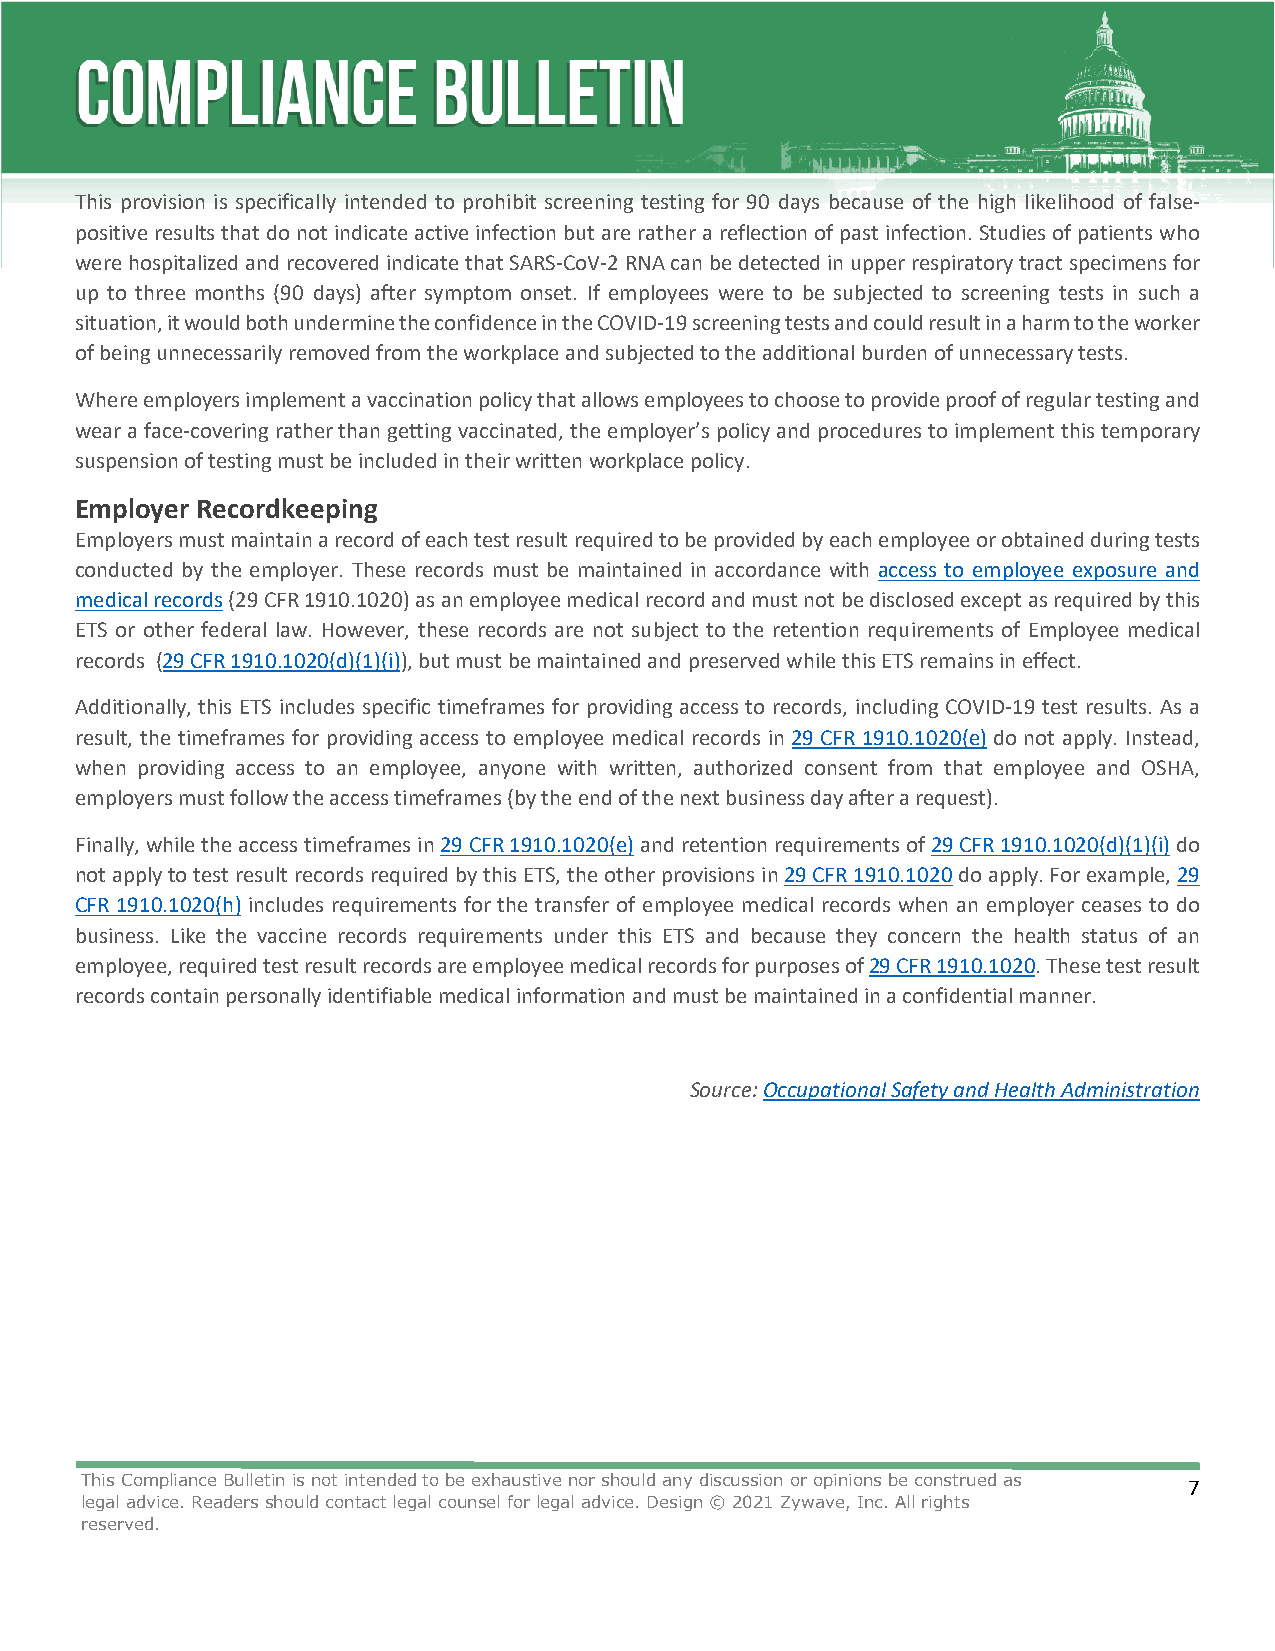
This provision is specifically intended to prohibit screening testing for 90 days because of the high likelihood of false-
 positive results that do not indicate active infection but are rather a reflection of past infection. Studies of patients who
 were hospitalized and recovered indicate that SARS-CoV-2 RNA can be detected in upper respiratory tract specimens for
 up to three months (90 days) after symptom onset. If employees were to be subjected to screening tests in such a
 situation, it would both undermine the confidence in the COVID-19 screening tests and could result in a harm to the worker
 of being unnecessarily removed from the workplace and subjected to the additional burden of unnecessary tests.
 Where employers implement a vaccination policy that allows employees to choose to provide proof of regular testing and
 wear a face-covering rather than getting vaccinated, the employer’s policy and procedures to implement this temporary
 suspension of testing must be included in their written workplace policy.
 Employer Recordkeeping
 Employers must maintain a record of each test result required to be provided by each employee or obtained during tests
 conducted by the employer. These records must be maintained in accordance with access to employee exposure and
 medical records (29 CFR 1910.1020) as an employee medical record and must not be disclosed except as required by this
 ETS or other federal law. However, these records are not subject to the retention requirements of Employee medical
 records (29 CFR 1910.1020(d)(1)(i)), but must be maintained and preserved while this ETS remains in effect.
 Additionally, this ETS includes specific timeframes for providing access to records, including COVID-19 test results. As a
 result, the timeframes for providing access to employee medical records in 29 CFR 1910.1020(e) do not apply. Instead,
 when providing access to an employee, anyone with written, authorized consent from that employee and OSHA,
 employers must follow the access timeframes (by the end of the next business day after a request).
 Finally, while the access timeframes in 29 CFR 1910.1020(e) and retention requirements of 29 CFR 1910.1020(d)(1)(i) do
 not apply to test result records required by this ETS, the other provisions in 29 CFR 1910.1020 do apply. For example, 29
 CFR 1910.1020(h) includes requirements for the transfer of employee medical records when an employer ceases to do
 business. Like the vaccine records requirements under this ETS and because they concern the health status of an
 employee, required test result records are employee medical records for purposes of 29 CFR 1910.1020. These test result
 records contain personally identifiable medical information and must be maintained in a confidential manner.
 Source: Occupational Safety and Health Administration
 This Compliance Bulletin is not intended to be exhaustive nor should any discussion or opinions be construed as 7
 legal advice. Readers should contact legal counsel for legal advice. Design © 2021 Zywave, Inc. All rights
 reserved.